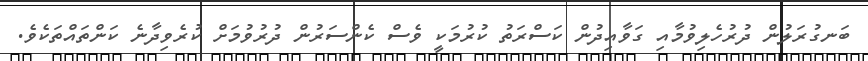
ބަނގުރަލުން ދުރުހެލިވުމާއި ގަވާއިދުން ކަސްރަތު ކުރުމަކީ ވެސް ކެންސަރުން ދުރުވުމަށް ކުރެވިދާނެ ކަންތައްތަކެވެ.